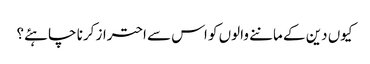
کیوں دین کے ماننے والوں کو اس سے احتراز کرنا چاہئے؟